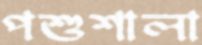
পশুশালা